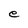
Character: e